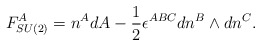
\begin{align*}F_{SU(2)}^A=n^AdA-\frac 12\epsilon ^{ABC}dn^B\wedge dn^C.\end{align*}